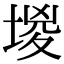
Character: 堫